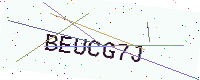
Text: BEUCG7J